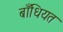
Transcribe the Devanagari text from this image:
बाँधियत